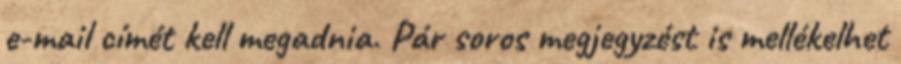
e-mail címét kell megadnia. Pár soros megjegyzést is mellékelhet